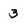
Character: 3